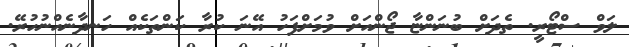
ލަވް ސްޓޯރީ. ތެދަށް ބުނަންޏާ ޖޯންއަށް ވުމަށްފަހު އޭނަ ކުރާ ކަންތަކެއް ހަނދާނެއްނުހުރޭ.